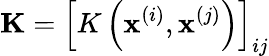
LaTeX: \mathbf{K}=\left[K\left(\mathbf{x}^{(i)},\mathbf{x}^{(j)}\right)\right]_{ij}